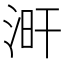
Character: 涆